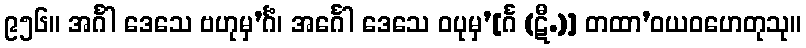
၉၅၆။ အင်္ဂါ ဒေသေ ဗဟုမှ’င်္ဂံ၊ အင်္ဂေါ ဒေသေ ဝပုမှ’[င်္ဂ (ဋီ.)] တထာ’ဝယဝဟေတုသု။